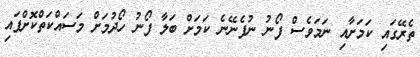
ތެރޭގައި ކަމަށާއި ނަމަވެސް ފޯނު ނުފެނޭނެ ކަމަށް ބަލާ ފޯނު ހޯދުމަށް މަސައްކަތްކޮށްފައި